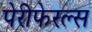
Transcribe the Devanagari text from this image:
पेरीफेरल्स